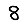
Digit: 8